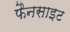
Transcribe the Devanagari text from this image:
फैनसाइट